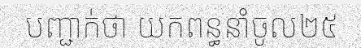
បញ្ជាក់ថា យកពន្ធនាំចូល២៥